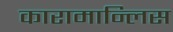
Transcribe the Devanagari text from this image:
कारामान्लिस